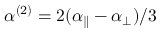
\alpha ^ { ( 2 ) } = 2 ( \alpha _ { \parallel } - \alpha _ { \perp } ) / 3